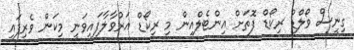
ގިނީސް ވޯލްޑް ރިކޯޑް ފޮަތަށް އިންޓެލްއިން މި ރިކޯޑް އަރުވާލާފައިވަނީ މިކަން ވެރިފައި